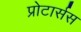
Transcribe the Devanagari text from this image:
प्रोटार्सस